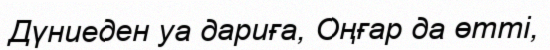
Дүниеден уа дариға, Оңғар да өтті,